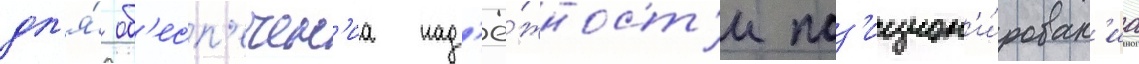
дл'я́ об'есп'ечен'иа над'ё́жност'и поз'ицион'и́рован'иа